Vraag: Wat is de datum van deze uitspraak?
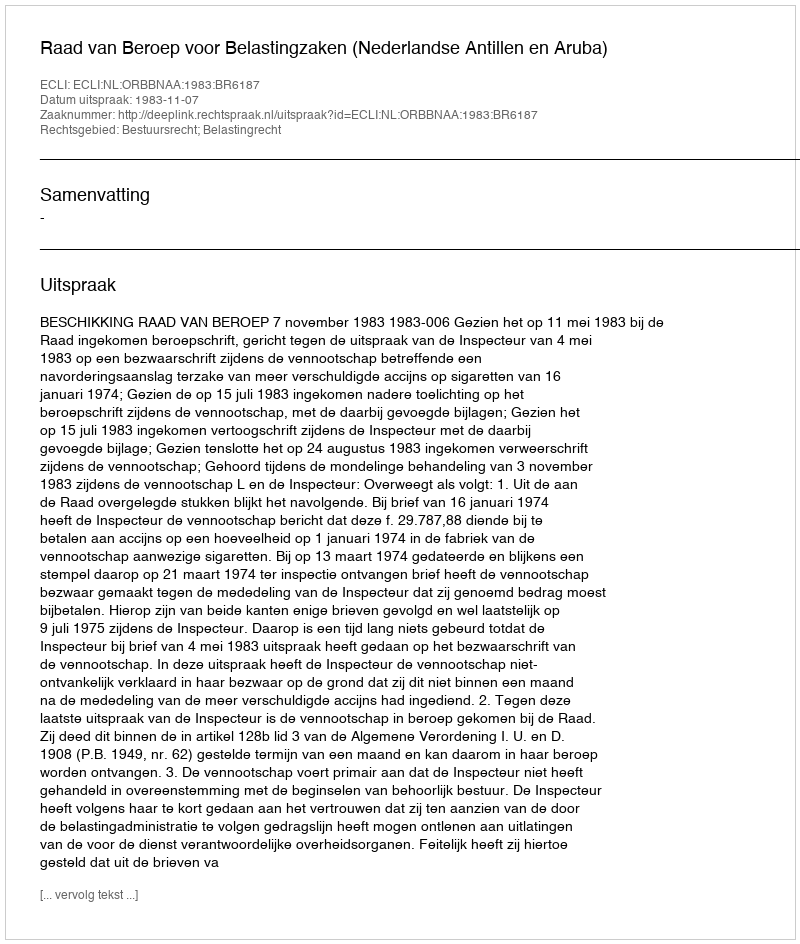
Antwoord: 1983-11-07